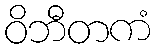
ဝိဘီတကံ